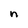
Character: n